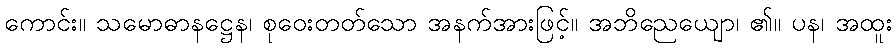
ကောင်း။ သမောဓာနဋ္ဌေန၊ စုဝေးတတ်သော အနက်အားဖြင့်။ အဘိညေယျော၊ ၏။ ပန၊ အထူး